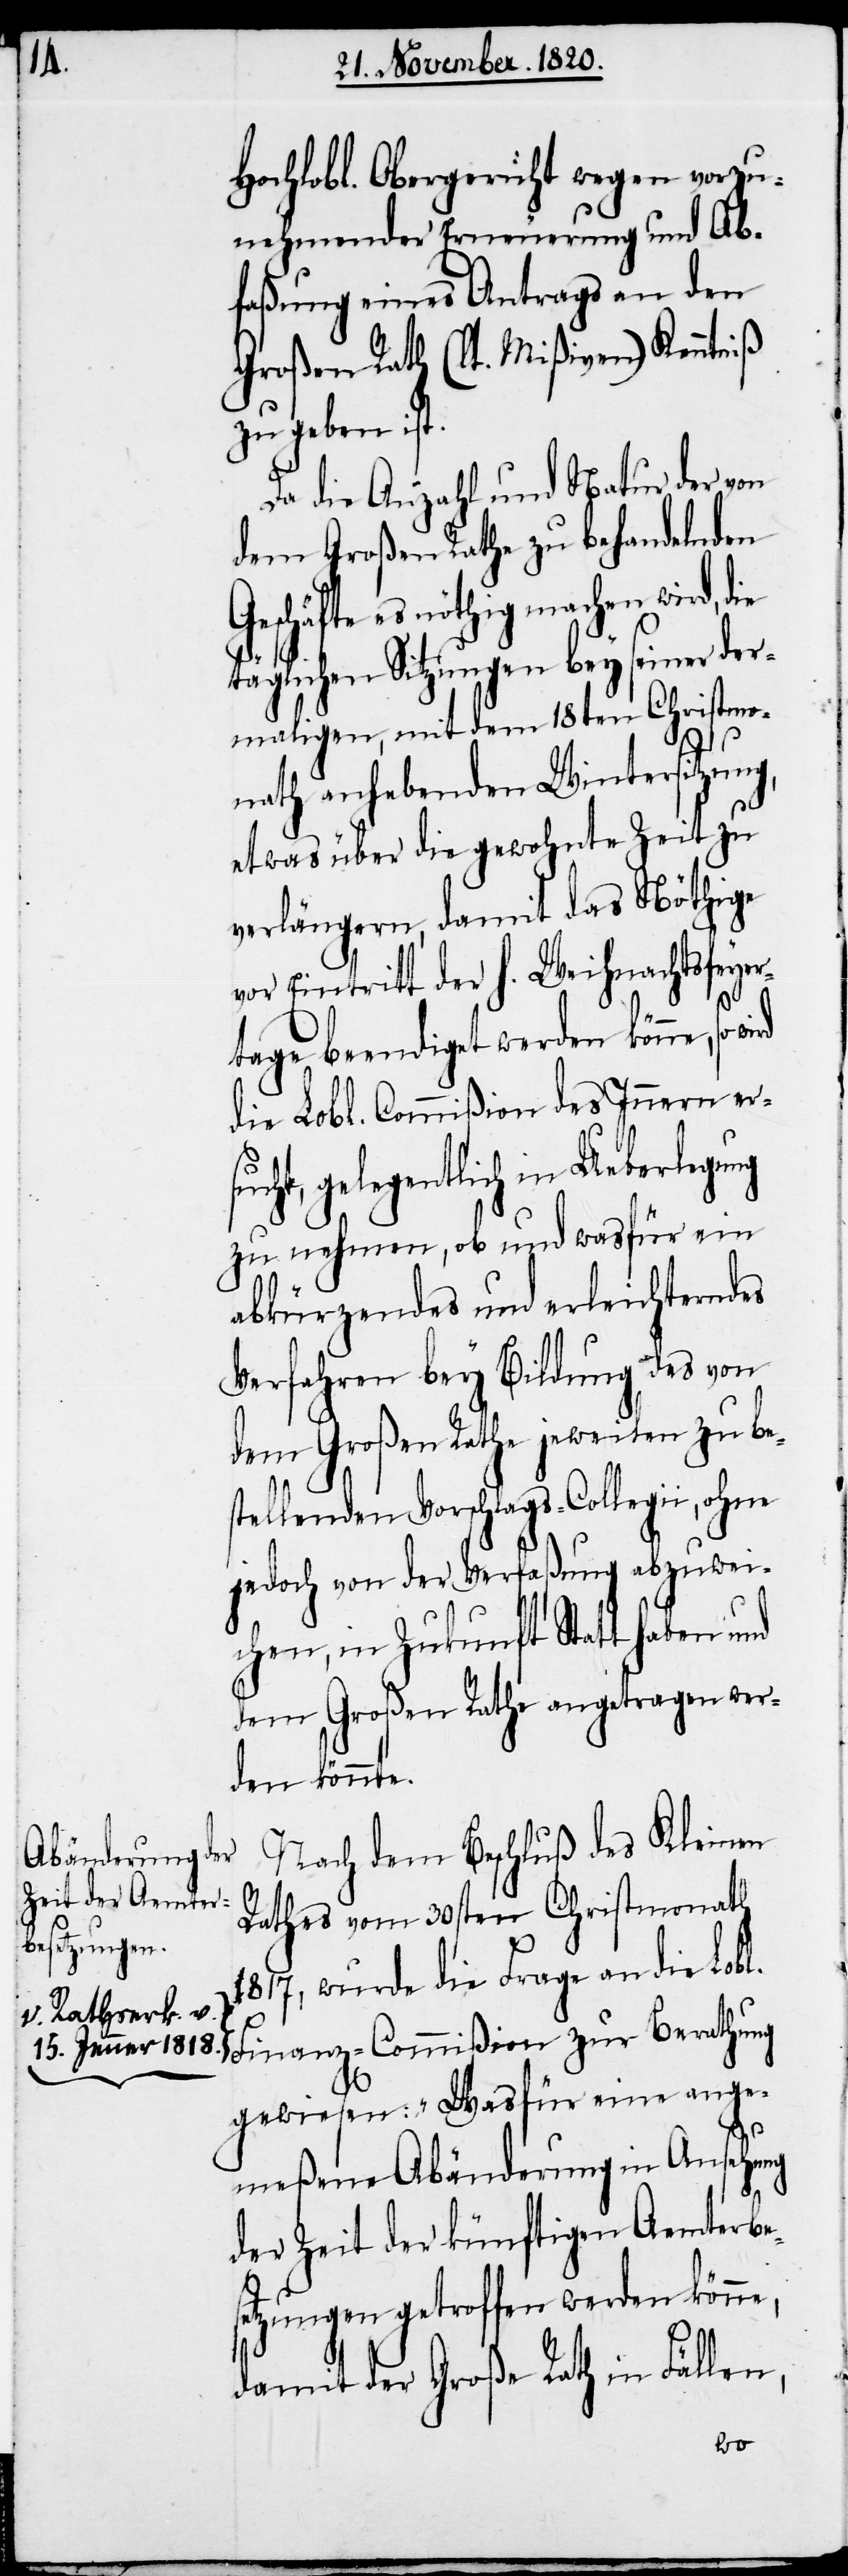
Hochlobl. Obergericht wegen vorzu¬
nehmender Erneuerung und Ab¬
faßung eines Antrags an den
Großen Rath (lt. Mißiven) Kenntniß
zu geben ist.
Da die Anzahl und Natur der von
dem Großen Rathe zu behandelnden
schäfte es nöthig machen wird,
täglichen Sitzungen bey seiner der¬
maligen, mit dem 18ten Christmo¬
nath anhabenden Wintersitzung,
etwas über die gewohnte Zeit zu
verlängern, damit das Nöthige
vor Eintritt der h. Weihnachtsfeyer¬
tage beendiget werden könne, so
die Lobl. Commißion des Innern ers¬
ucht, gelegentlich in Ueberlegung
zu nehmen, ob und wasfür ein
abkürzendes und erleichterndes
Verfahren bey Bildung des von
dem Großen Rathe jeweilen zu bes¬
tellenden Vorschlags-Collegii, ohne
jedoch von der Verfaßung abzuwei¬
chen, in Zukunft Statt haben und
dem Großen Rathe angetragen wer¬
den könnte.
Nach dem Beschluß des Kleinen
Rathes vom 30sten Christmonath
wurde die Frage an die Lobl.
Rathserk. v.
Finanz-Commißion zur Berathung
15. Jenner 1818.-a
gewiesen: „Wasfür eine ange¬
meßene Abänderung in Ansehung
der Zeit der künftigen Aemterbes¬
etzungen getroffen werden könne,
damit der Große Rath in Fällen,
Ge¬